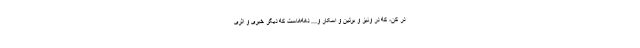
در کن، که در ونیز و برلین و اسکار و... دهه‌هاست که دیگر خبری و اثری